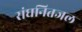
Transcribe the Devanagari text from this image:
संघनितजल